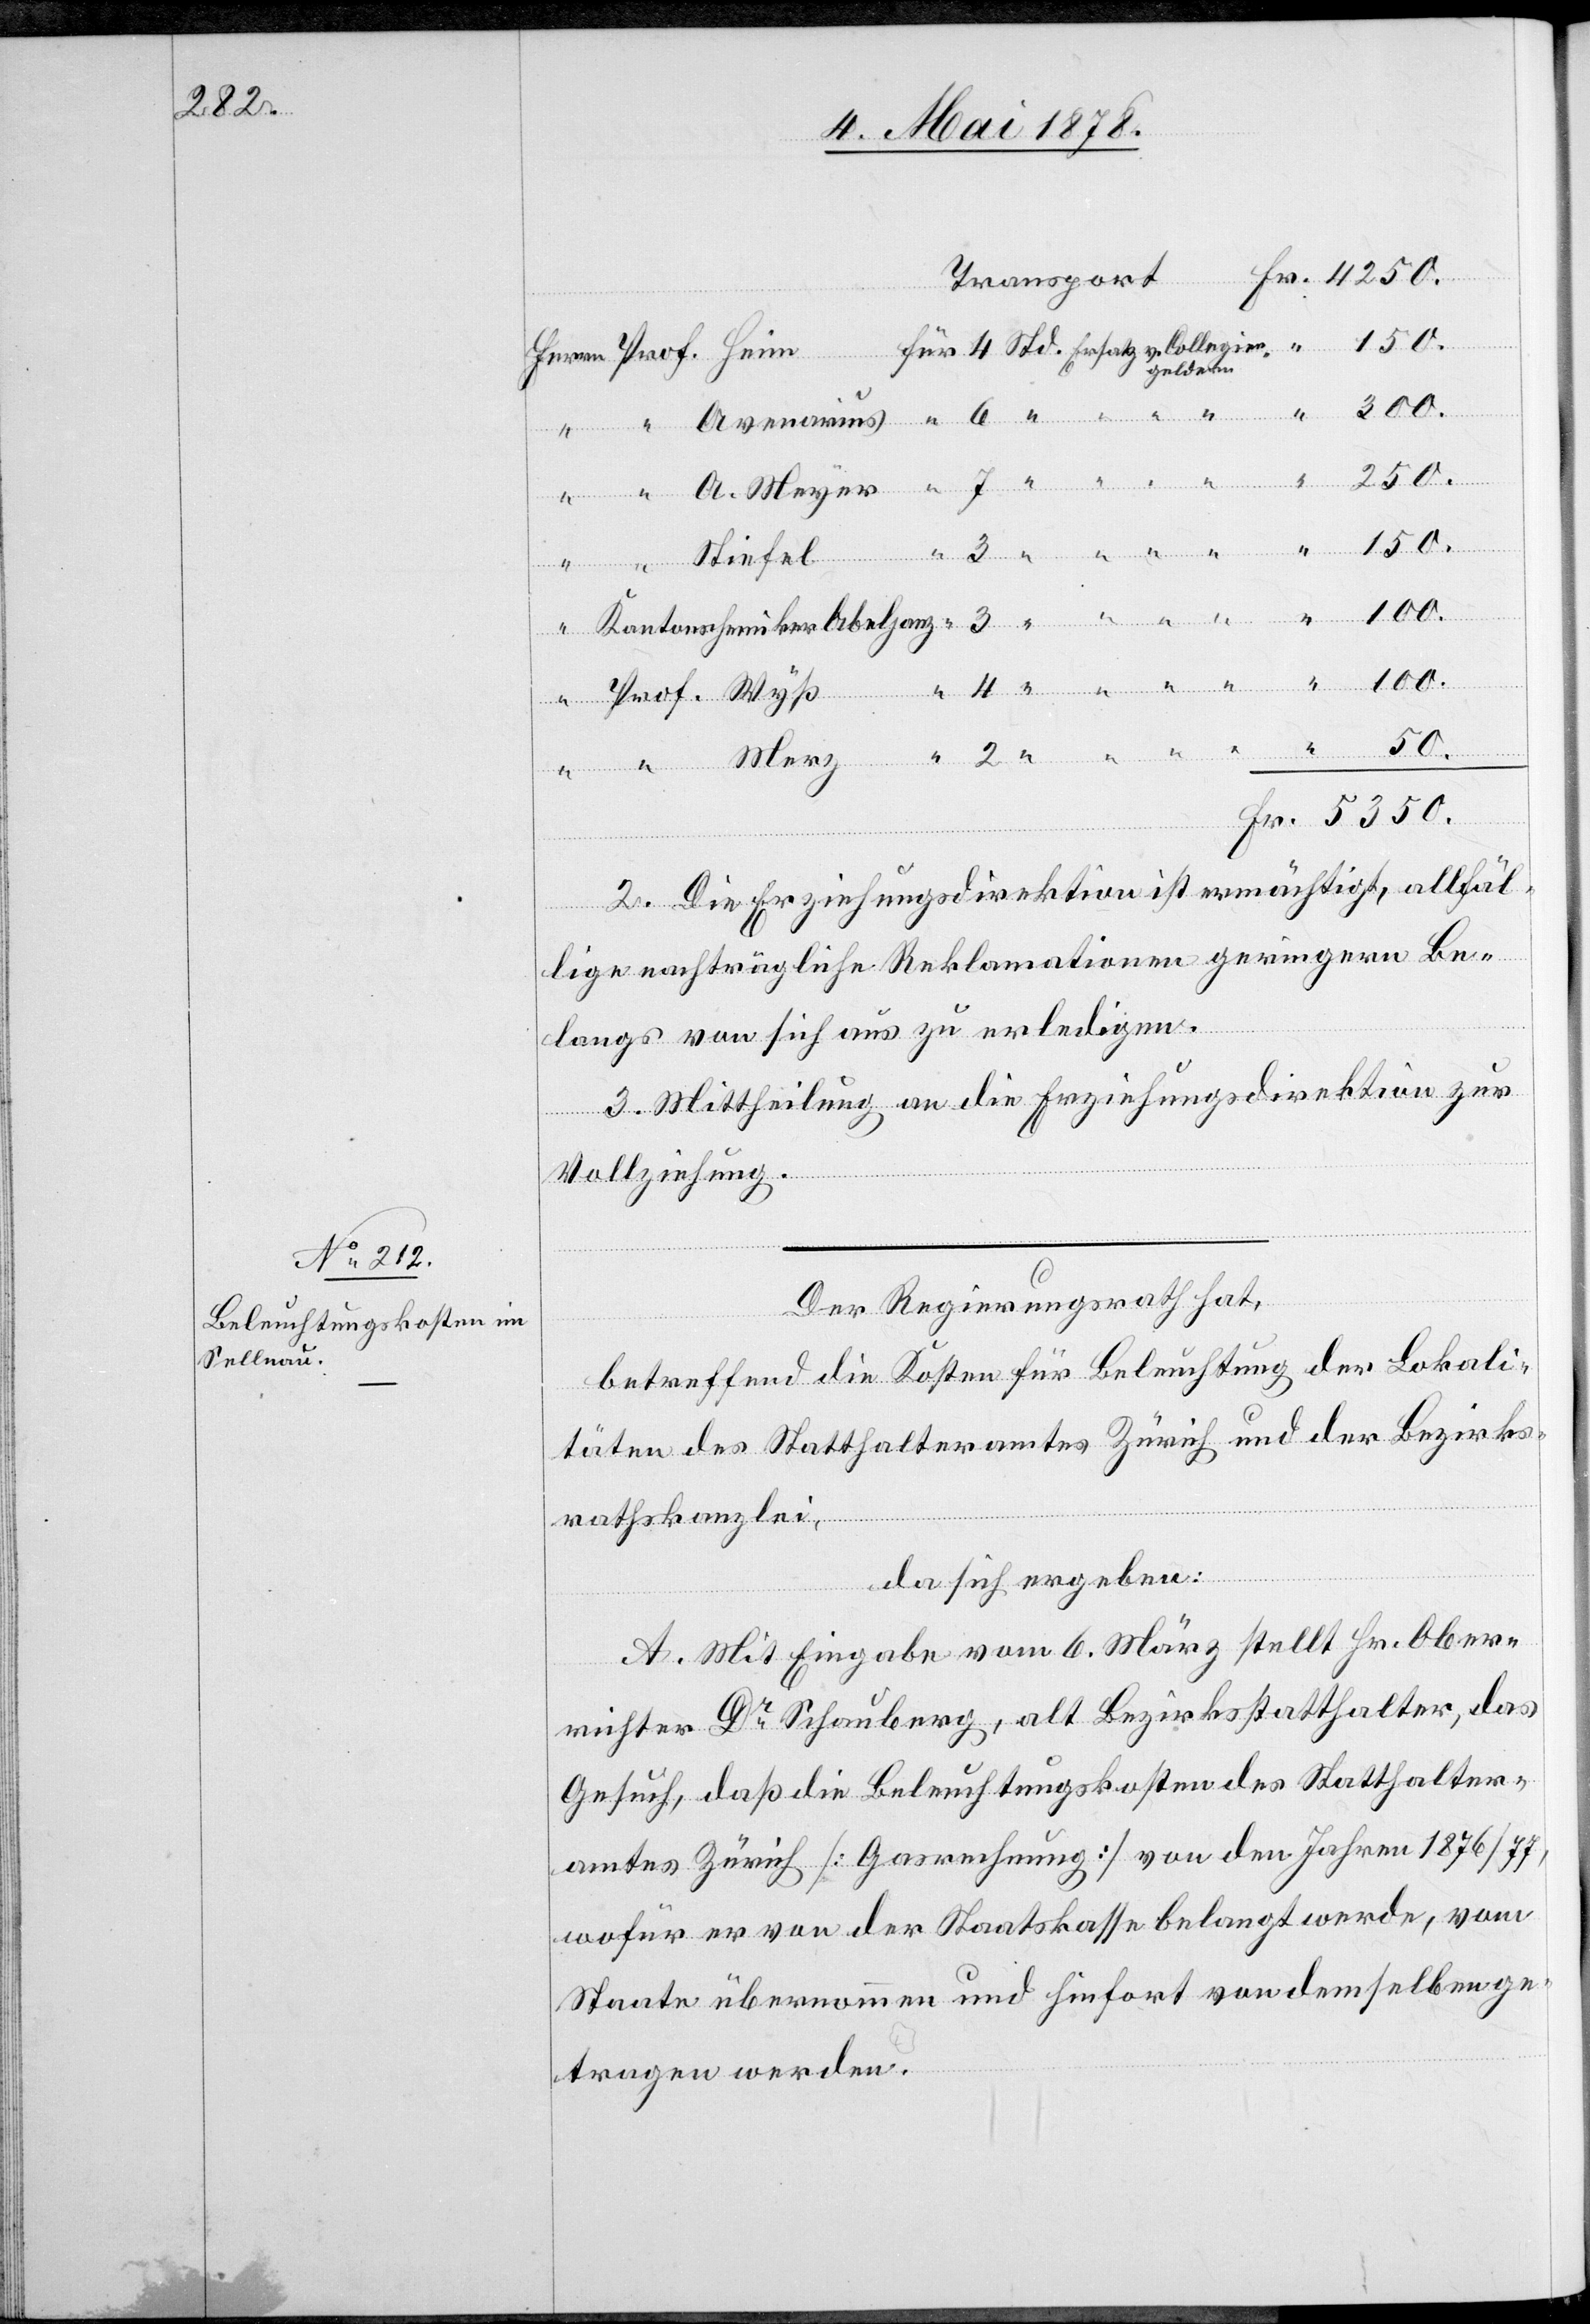
250.

Fr.
geldern
“
2. Die Erziehungsdirektion ist ermächtigt, allfäl¬
lige nachträgliche Reklamationen geringern Be¬
langs von sich aus zu erledigen.
3. Mittheilung an die Erziehungsdirektion zur
Vollziehung.
A.
Der Regierungsrath,
betreffend die Kosten für Beleuchtung der Lokali¬
täten des Statthalteramtes Zürich und der Bezirks¬
Merz
rathskanzlei,
da sich ergeben:
A. Mit Eingabe vom 6. März stellt Hr. Ober¬
richter Dr Schauber, alt Bezirksstatthalter, das
Gesuch, daß die Beleuchtungskosten des Statthalter¬
amtes Zürich [Gasrechnung] von den Jahren 1876/77,
wofür er von der Staatskasse belangt werde, vom
Staate übernommen und hiefort von demselben ge¬
tragen werden.